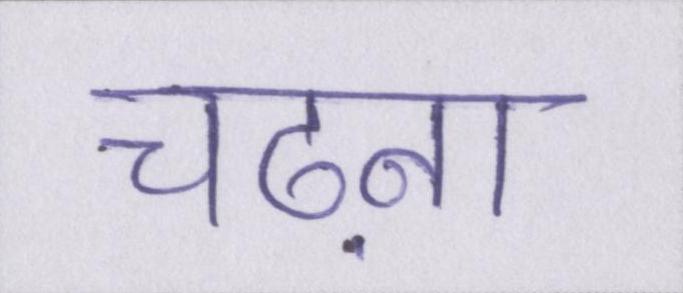
चढ़ना